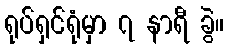
ရုပ်ရှင်ရုံမှာ ၇ နာရီ ခွဲ။